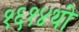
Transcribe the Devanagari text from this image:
१६१४थी